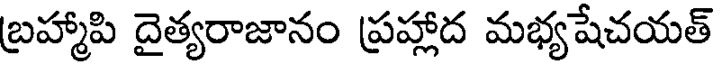
బ్రహ్మాపి దైత్యరాజానం ప్రహ్లాద మభ్యషేచయత్